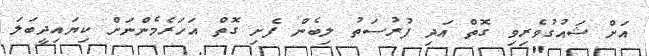
އަށް ޝައުގުވެރިވި ގޮތް އަދި ފުރުސަތު ލިބެން ފެށި ގޮތް އަހަރެމެންނަށް ކިޔައިދީބަލަ